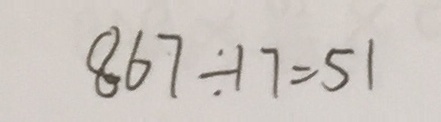
8 6 7 \div 1 7 = 5 1